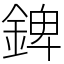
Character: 錍